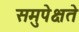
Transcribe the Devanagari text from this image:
समुपेक्षते